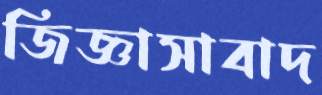
জিজ্ঞাসাবাদ